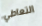
التعاطي